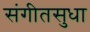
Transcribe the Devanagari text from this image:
संगीतसुधा